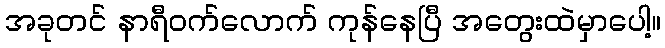
အခုတင် နာရီဝက်လောက် ကုန်နေပြီ အတွေးထဲမှာပေါ့။